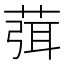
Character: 葞